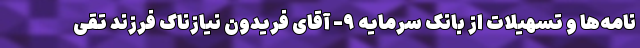
نامه‌ها و تسهیلات از بانک سرمایه ۹- آقای فریدون نیازناک فرزند تقی